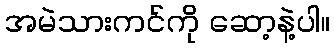
အမဲသားကင်ကို ဆော့နဲ့ပါ။